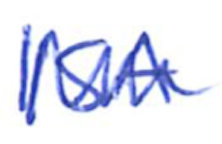
Text: ISA
Cross-out: zig-zag
Writing tool: ballpoint